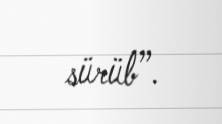
sürüb”.